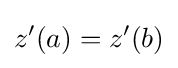
z'(a)=z'(b)